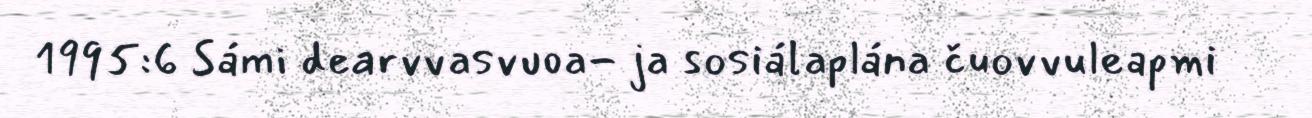
1995:6 Sámi dearvvasvuoa- ja sosiálaplána čuovvuleapmi